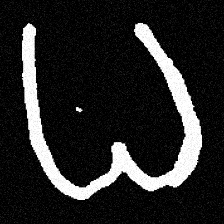
Pyu character \u2014 Myanmar letter: ဓ (romanized: dha)